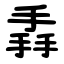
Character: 掱